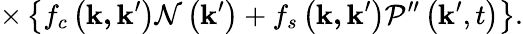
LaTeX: \times\left\{ f_{c}\left(\mathbf{k,k}^{\prime}\right)\mathcal{N}\left(\mathbf{k}^{\prime}\right)+f_{s}\left(\mathbf{k,k}^{\prime}\right)\mathcal{P}^{\prime\prime}\left(\mathbf{k}^{\prime},t\right)\right\} .